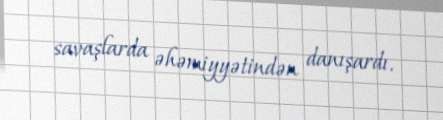
savaşlarda əhəmiyyətindən danışardı.